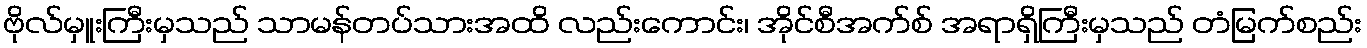
ဗိုလ်မှူးကြီးမှသည် သာမန်တပ်သားအထိ လည်းကောင်း၊ အိုင်စီအက်စ် အရာရှိကြီးမှသည် တံမြက်စည်း